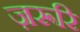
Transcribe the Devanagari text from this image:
ज़रूरि